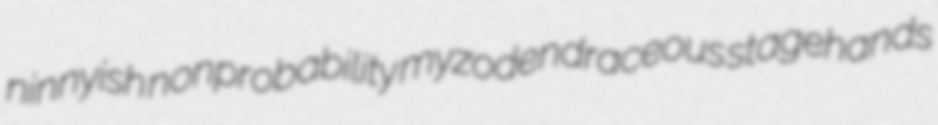
ninnyish nonprobability myzodendraceous stagehands